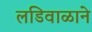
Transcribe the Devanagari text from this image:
लडिवाळाने